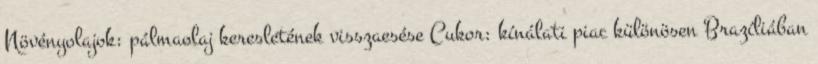
Növényolajok: pálmaolaj keresletének visszaesése Cukor: kínálati piac különösen Brazíliában